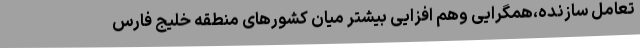
تعامل سازنده،همگرایی وهم افزایی بیشتر میان کشورهای منطقه خلیج فارس